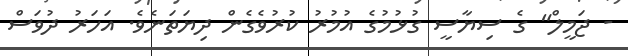
- ޖަމީލް" ގެ ސިޔާސީ ގުޅުމުގެ އުމުރު ކުރުވެގެން ދިޔަތަނެވެ. އަހަރު ދުވަސް